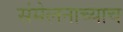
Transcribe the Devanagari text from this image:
संमेलनाच्याच